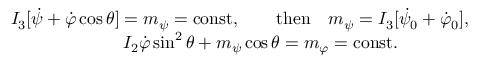
\begin{array} { r } { I _ { 3 } [ \dot { \psi } + \dot { \varphi } \cos \theta ] = m _ { \psi } = \mathrm { c o n s t } , \qquad \mathrm { t h e n } \quad m _ { \psi } = I _ { 3 } [ \dot { \psi } _ { 0 } + \dot { \varphi } _ { 0 } ] , } \\ { I _ { 2 } \dot { \varphi } \sin ^ { 2 } \theta + m _ { \psi } \cos \theta = m _ { \varphi } = \mathrm { c o n s t } . \qquad \qquad } \end{array}